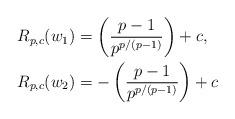
LaTeX: \begin{align*}R_{p,c}(w_1)& = \left( \dfrac{p-1}{p^{p/(p-1)}} \right) + c,\\R_{p,c}(w_2)& = -\left( \dfrac{p-1}{p^{p/(p-1)}} \right) + c \end{align*}